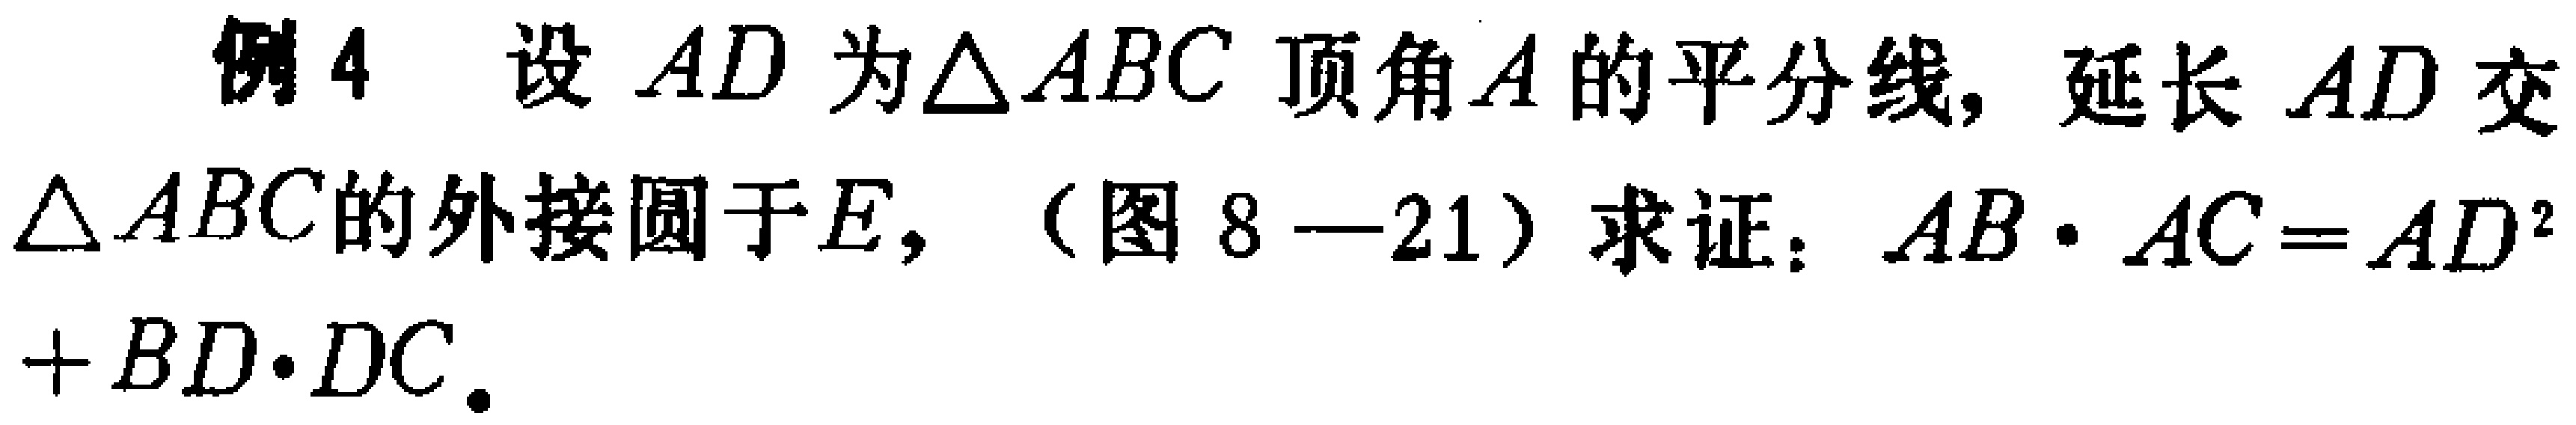
例4 设 \(AD\) 为\(\triangle ABC\) 顶角 \(A\) 的平分线，延长 \(AD\) 交\(\triangle ABC\)的外接圆于\(E\)，（图8—21）求证：\(AB\cdot AC = AD^{2}+BD\cdot DC\)。